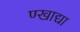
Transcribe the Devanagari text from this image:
ण्खाद्या